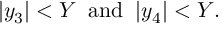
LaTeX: | y _ { 3 } | < Y \; \; \mathrm { a n d } \; \; | y _ { 4 } | < Y .